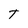
Character: T